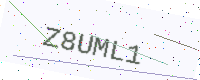
Text: Z8UML1